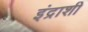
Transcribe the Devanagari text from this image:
इंद्राशी